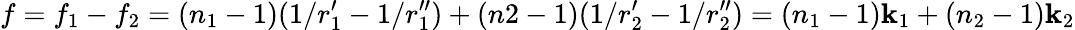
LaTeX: f=f_{1}-f_{2}=(n_{1}-1)(1/r_{1}^{\prime}-1/r_{1}^{\prime\prime})+(n2-1)(1/r_{2}^{\prime}-1/r_{2}^{\prime\prime})=(n_{1}-1)\mathbf{k}_{1}+(n_{2}-1)\mathbf{k}_{2}